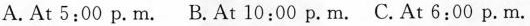
A.At 5:00 p.m. B.At 10:00 p.m. C.At 6:00 p.m.